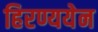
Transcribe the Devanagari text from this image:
हिरण्ययेन